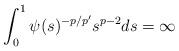
LaTeX: \begin{align*}\int_0^1 \psi(s)^{-p/p'} s^{p-2} ds = \infty\end{align*}